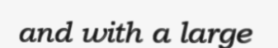
and with a large